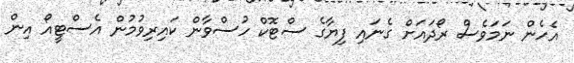
އެހެން ނަމަވެސް ރޯދައަށް ގެނައި ފިޔާގެ ސްޓޮކް ހުސްވާން ކައިރިވުމުން އެސްޓީއޯ އިން